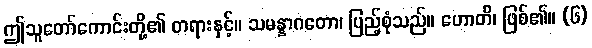
ဤသူတော်ကောင်းတို့၏ တရားနှင့်။ သမန္နာဂတော၊ ပြည့်စုံသည်။ ဟောတိ၊ ဖြစ်၏။ (၆)